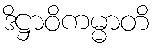
ဒိဋ္ဌာဝိကမ္မာတိ